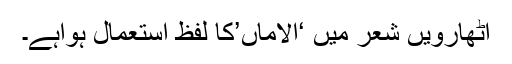
اٹھارویں شعر میں ‘الاماں’کا لفظ استعمال ہواہے۔